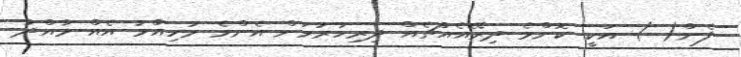
ފެން( ) އަކީ ކޮންމެ ދިރޭއެއްޗެއް ދިރިހުރުމަށް އެންމެ މުހިއްމު އެއް މާއްދާ